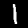
Digit: 1